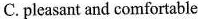
C.pleasant and comfortable